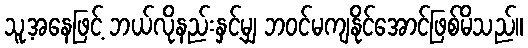
သူ့အနေဖြင့် ဘယ်လိုနည်းနှင့်မျှ ဘဝင်မကျနိုင်အောင်ဖြစ်မိသည်။